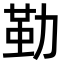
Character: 𠢀